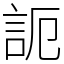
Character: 𧦠